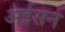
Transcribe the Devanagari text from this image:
अईसन